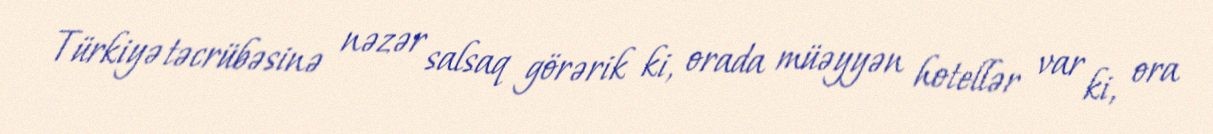
Türkiyə təcrübəsinə nəzər salsaq görərik ki, orada müəyyən hotellər var ki, ora